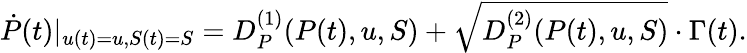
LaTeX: \begin{array}{r}{\dot{P}(t)|_{u(t)=u,S(t)=S}=D_{P}^{(1)}(P(t),u,S)+\sqrt{D_{P}^{(2)}(P(t),u,S)}\cdot\Gamma(t).}\end{array}